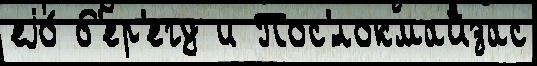
еjо́ б'ер'егу и Пос'́локмайзас